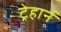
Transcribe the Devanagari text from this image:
ट्रेहार्न